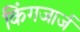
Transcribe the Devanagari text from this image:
किंगजार्ज